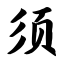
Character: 须